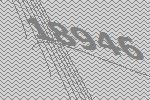
18946